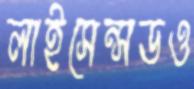
লাইসেন্সডও